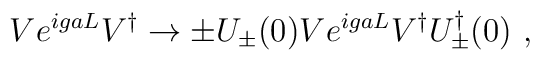
V e^{igaL} V^{\dagger} \to \pm U_{\pm}(0) V e^{igaL} V^{\dagger}U^{\dagger}_{\pm}(0) \ ,